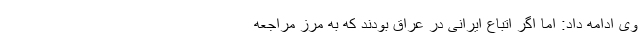
وی ادامه داد: اما اگر اتباع ایرانی در عراق بودند که به مرز مراجعه